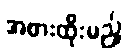
အစားထိုးမည့်